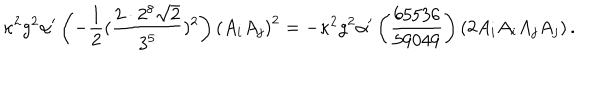
\kappa ^ { 2 } g ^ { 2 } \alpha ^ { \prime } \left( - \frac { 1 } { 2 } ( \frac { 2 \cdot 2 ^ { 8 } \sqrt { 2 } } { 3 ^ { 5 } } ) ^ { 2 } \right) \left( A _ { i } A _ { j } \right) ^ { 2 } = - \kappa ^ { 2 } g ^ { 2 } \alpha ^ { \prime } \left( \frac { 6 5 5 3 6 } { 5 9 0 4 9 } \right) \left( 2 A _ { i } A _ { i } A _ { j } A _ { j } \right) .